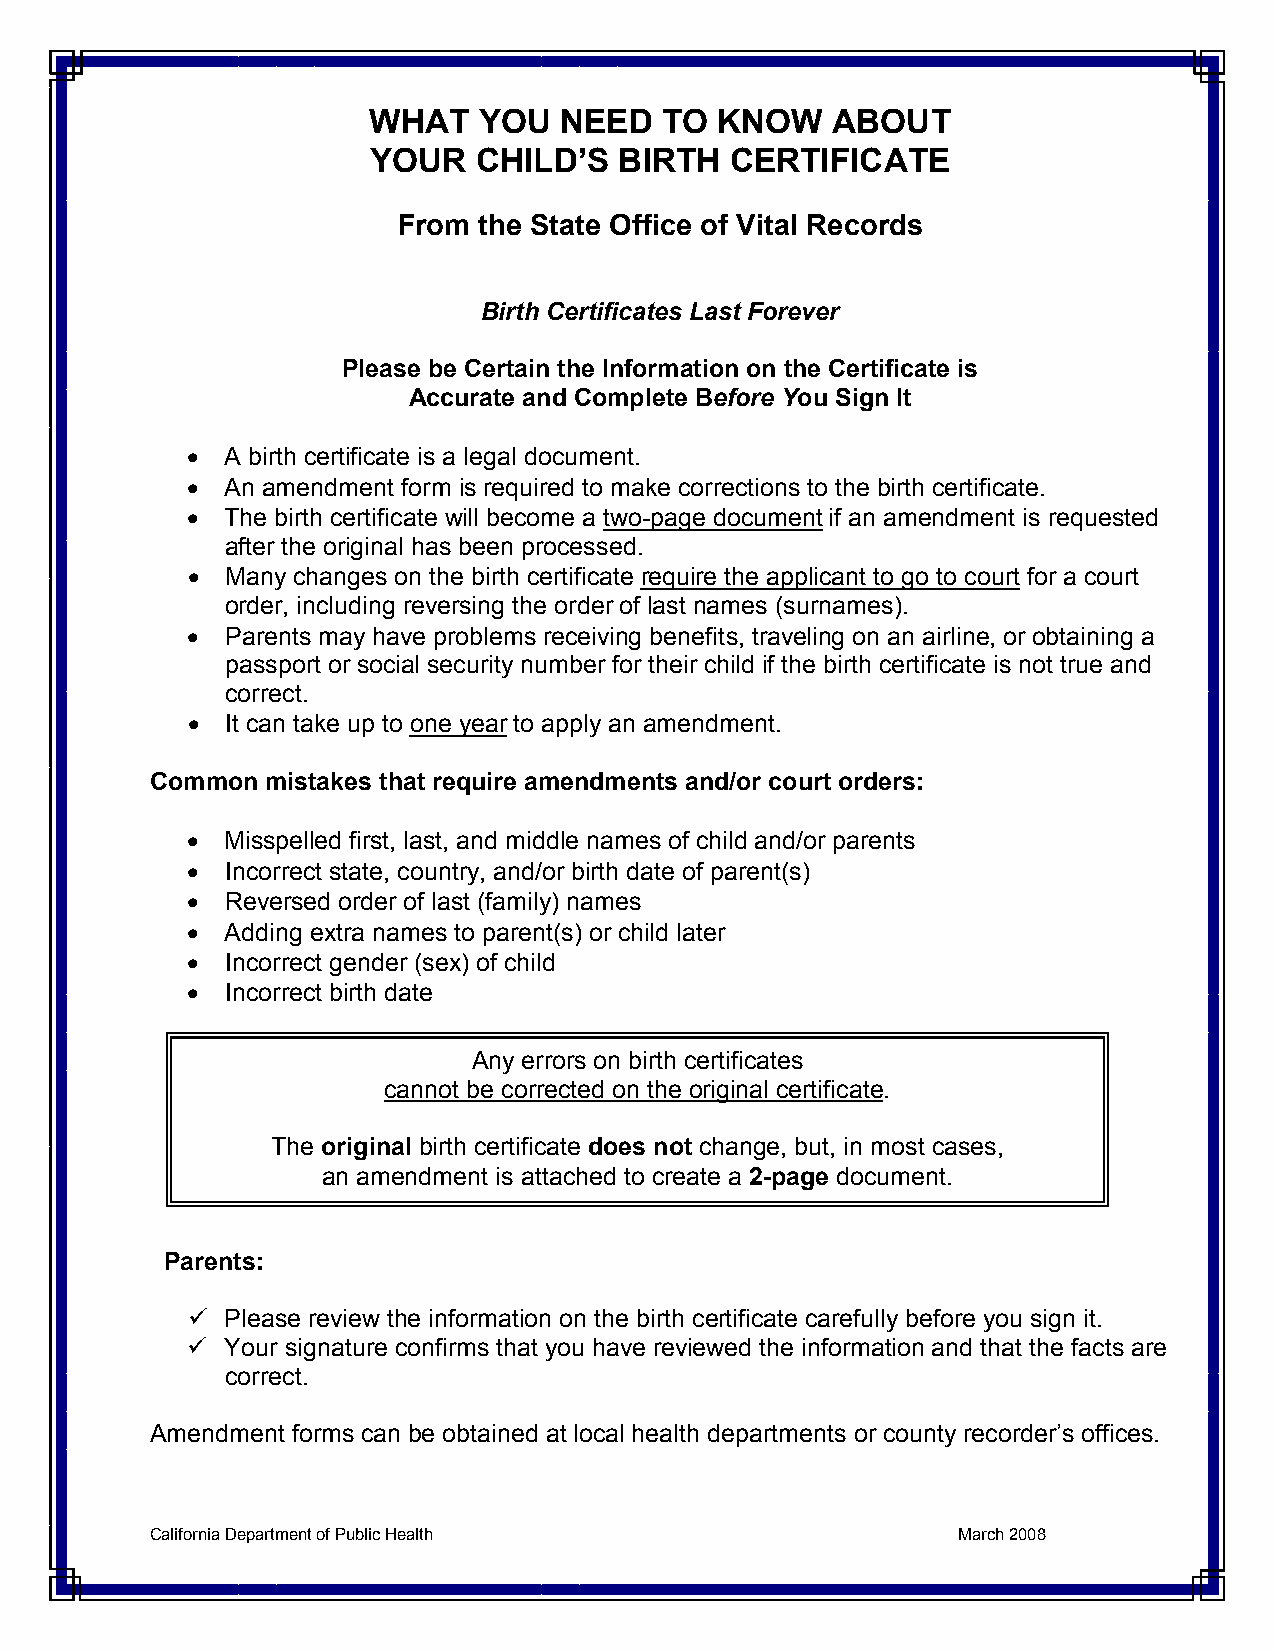
WHAT    YOU  NEED   TO  KNOW   ABOUT
 YOUR   CHILD’S  BIRTH  CERTIFICATE
 From  the State Office of Vital Records
 Birth Certificates Last Forever
 Please be Certain the Information on the Certificate is
 Accurate and Complete Before You Sign It
 %  A birth certificate is a legal document.
 %  An amendment form is required to make corrections to the birth certificate.
 %  The birth certificate will become a two-page document if an amendment is requested
 after the original has been processed.
 %  Many changes on the birth certificate require the applicant to go to court for a court
 order, including reversing the order of last names (surnames).
 %  Parents may have problems receiving benefits, traveling on an airline, or obtaining a
 passport or social security number for their child if the birth certificate is not true and
 correct.
 %  It can take up to one year to apply an amendment.
 Common  mistakes that require amendments and/or court orders:
 %  Misspelled first, last, and middle names of child and/or parents
 %  Incorrect state, country, and/or birth date of parent(s)
 %  Reversed order of last (family) names
 %  Adding extra names to parent(s) or child later
 %  Incorrect gender (sex) of child
 %  Incorrect birth date
 Any errors on birth certificates
 cannot be corrected on the original certificate.
 The original birth certificate does not change, but, in most cases,
 an amendment is attached to create a 2-page document.
 Parents:
 !  Please review the information on the birth certificate carefully before you sign it.
 !  Your signature confirms that you have reviewed the information and that the facts are
 correct.
 Amendment forms can be obtained at local health departments or county recorder’s offices.
 California Department of Public Health               March 2008